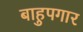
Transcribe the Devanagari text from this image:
बाहुपगार